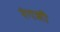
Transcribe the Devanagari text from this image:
रंगजी